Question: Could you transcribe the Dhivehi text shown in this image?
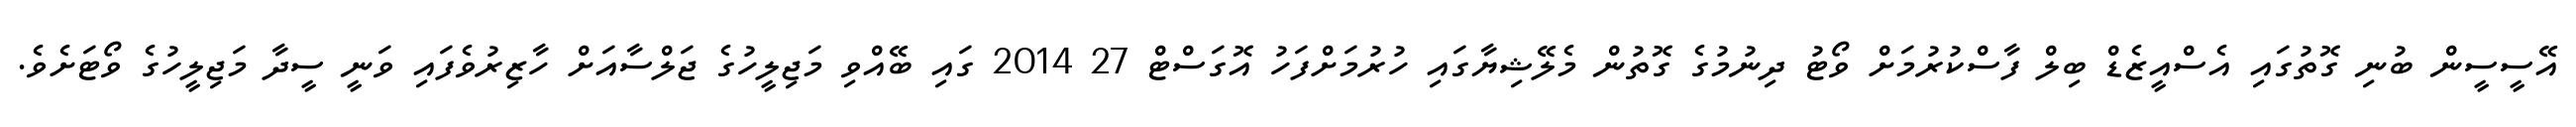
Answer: އޭސީސީން ބުނި ގޮތުގައި އެސްއީޒެޑް ބިލް ފާސްކުރުމަށް ވޯޓު ދިނުމުގެ ގޮތުން މެލޭޝިޔާގައި ހުރުމަށްފަހު އޮގަސްޓް 27 2014 ގައި ބޭއްވި މަޖިލީހުގެ ޖަލްސާއަށް ހާޒިރުވެފައި ވަނީ ސީދާ މަޖިލީހުގެ ވޯޓަށެވެ.